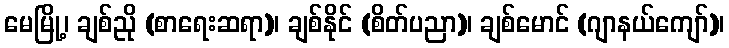
မေမြို့၊ ချစ်ညို (စာရေးဆရာ)၊ ချစ်နိုင် (စိတ်ပညာ)၊ ချစ်မောင် (ဂျာနယ်ကျော်)၊